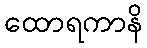
ထောရကာနိ